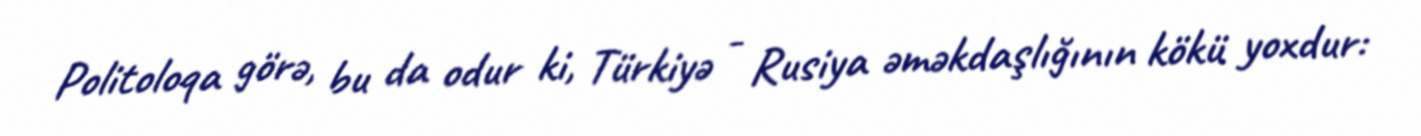
Politoloqa görə, bu da odur ki, Türkiyə - Rusiya əməkdaşlığının kökü yoxdur: